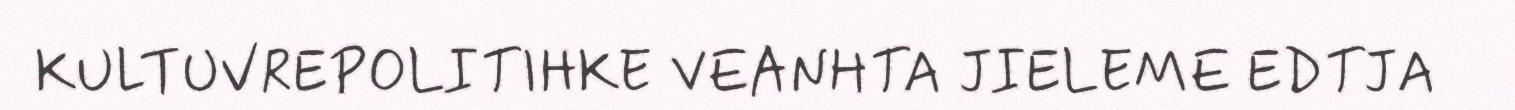
KULTUVREPOLITIHKE VEANHTA JIELEME EDTJA